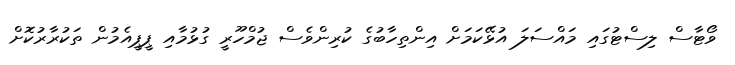
ވޯޓާސް ލިސްޓުގައި މައްސަލަ އުޅޭކަމަށް އިންތިހާބުގެ ކުރިންވެސް ޖުމްހޫރީ ގުޅުމާއި ޕީޕީއެމުން ތަކުރާރުކޮށް